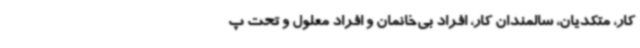
کار، متکدیان، سالمندان کار، افراد بی‌خانمان و افراد معلول و تحت پ